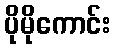
ပိုမိုကောင်း